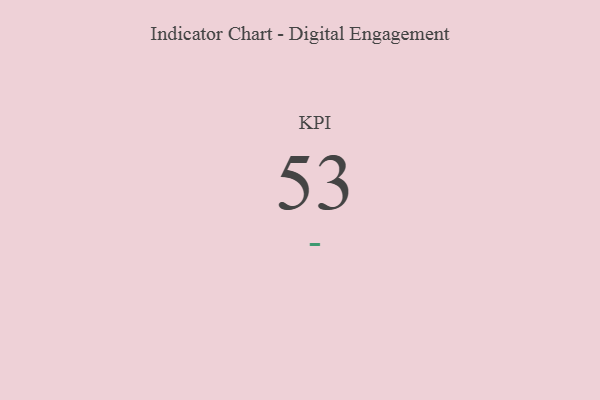
{"axis": {"x": "KPI", "y": "Value"}, "legend": [""], "data": [{"x": "KPI", "y": 53, "type": ""}]}